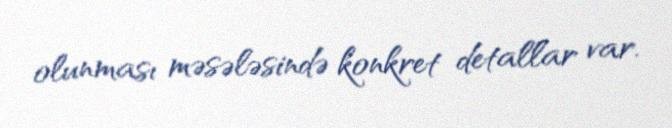
olunması məsələsində konkret detallar var.